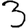
Digit: 3